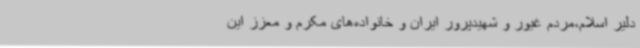
دلیر اسلام،مردم غیور و شهیدپرور ایران و خانواده‌های مکرم و معزز این